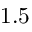
1 . 5